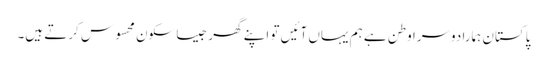
پاکستان ہمارا دوسرا وطن ہے ہم یہاں آئیں تو اپنے گھر جیسا سکون محسوس کرتے ہیں۔